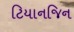
ટિયાનજિન